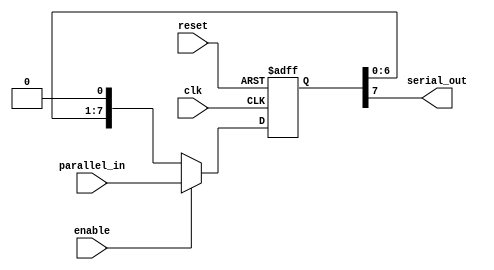
module PISO_shift_register (
    input wire clk,         // Clock signal
    input wire reset,       // Reset signal
    input wire enable,      // Enable signal
    input wire [7:0] parallel_in,   // Parallel inputs
    output reg serial_out    // Serial output
);

reg [7:0] data;   // Internal data register

always @(posedge clk or posedge reset) begin
    if (reset) begin
        data <= 8'b00000000; // Initialize data register to all zeros
    end else if (enable) begin
        data <= parallel_in; // Load parallel inputs into data register
    end else begin
        data <= {data[6:0], 1'b0}; // Shift data right by one bit
    end
end

assign serial_out = data[7]; // Assign serial output as MSB of data register

endmodule